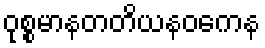
ဝုစ္စမာနတတိယနဝကေန